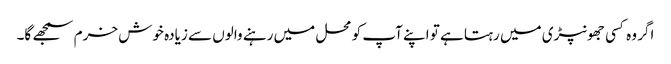
اگر وہ کسی جھونپڑی میں رہتا ہے تو اپنے آپ کو محل میں رہنے والوں سے زیادہ خوش خرم سمجھے گا۔